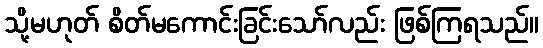
သို့မဟုတ် စိတ်မကောင်းခြင်းသော်လည်း ဖြစ်ကြရသည်။